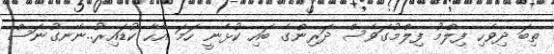
ތިބަ ދިވެހި ފިލްމު ފިލްމުގަވެސް ދަރިންގެ ބައި ކުޅެނީ ހަމަ އެހާ ކުޑައިރު..ނޭނގުނަސް